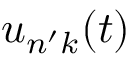
u _ { n ^ { \prime } k } ( t )